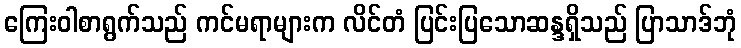
ကြေးဝါစာရွက်သည် ကင်မရာများက လိင်တံ ပြင်းပြသောဆန္ဒရှိသည် ပြာသာဒ်ဘုံ